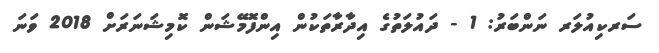
ސަރކިއުލަރ ނަންބަރު: 1 - ދައުލަތުގެ އިދާރާތަކުން އިންފޮމޭޝަން ކޮމިޝަނަރަށް 2018 ވަނަ